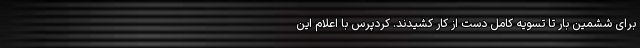
برای ششمین بار تا تسویه کامل دست از کار کشیدند. کردپرس با اعلام این